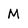
Character: M